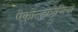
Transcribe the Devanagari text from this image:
ऐकोन्ड्रोप्लेजिया